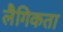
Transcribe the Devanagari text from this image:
लैगिकता